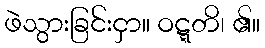
ဖဲသွားခြင်းငှာ။ ဝဋ္ဋတိ၊ ၏။